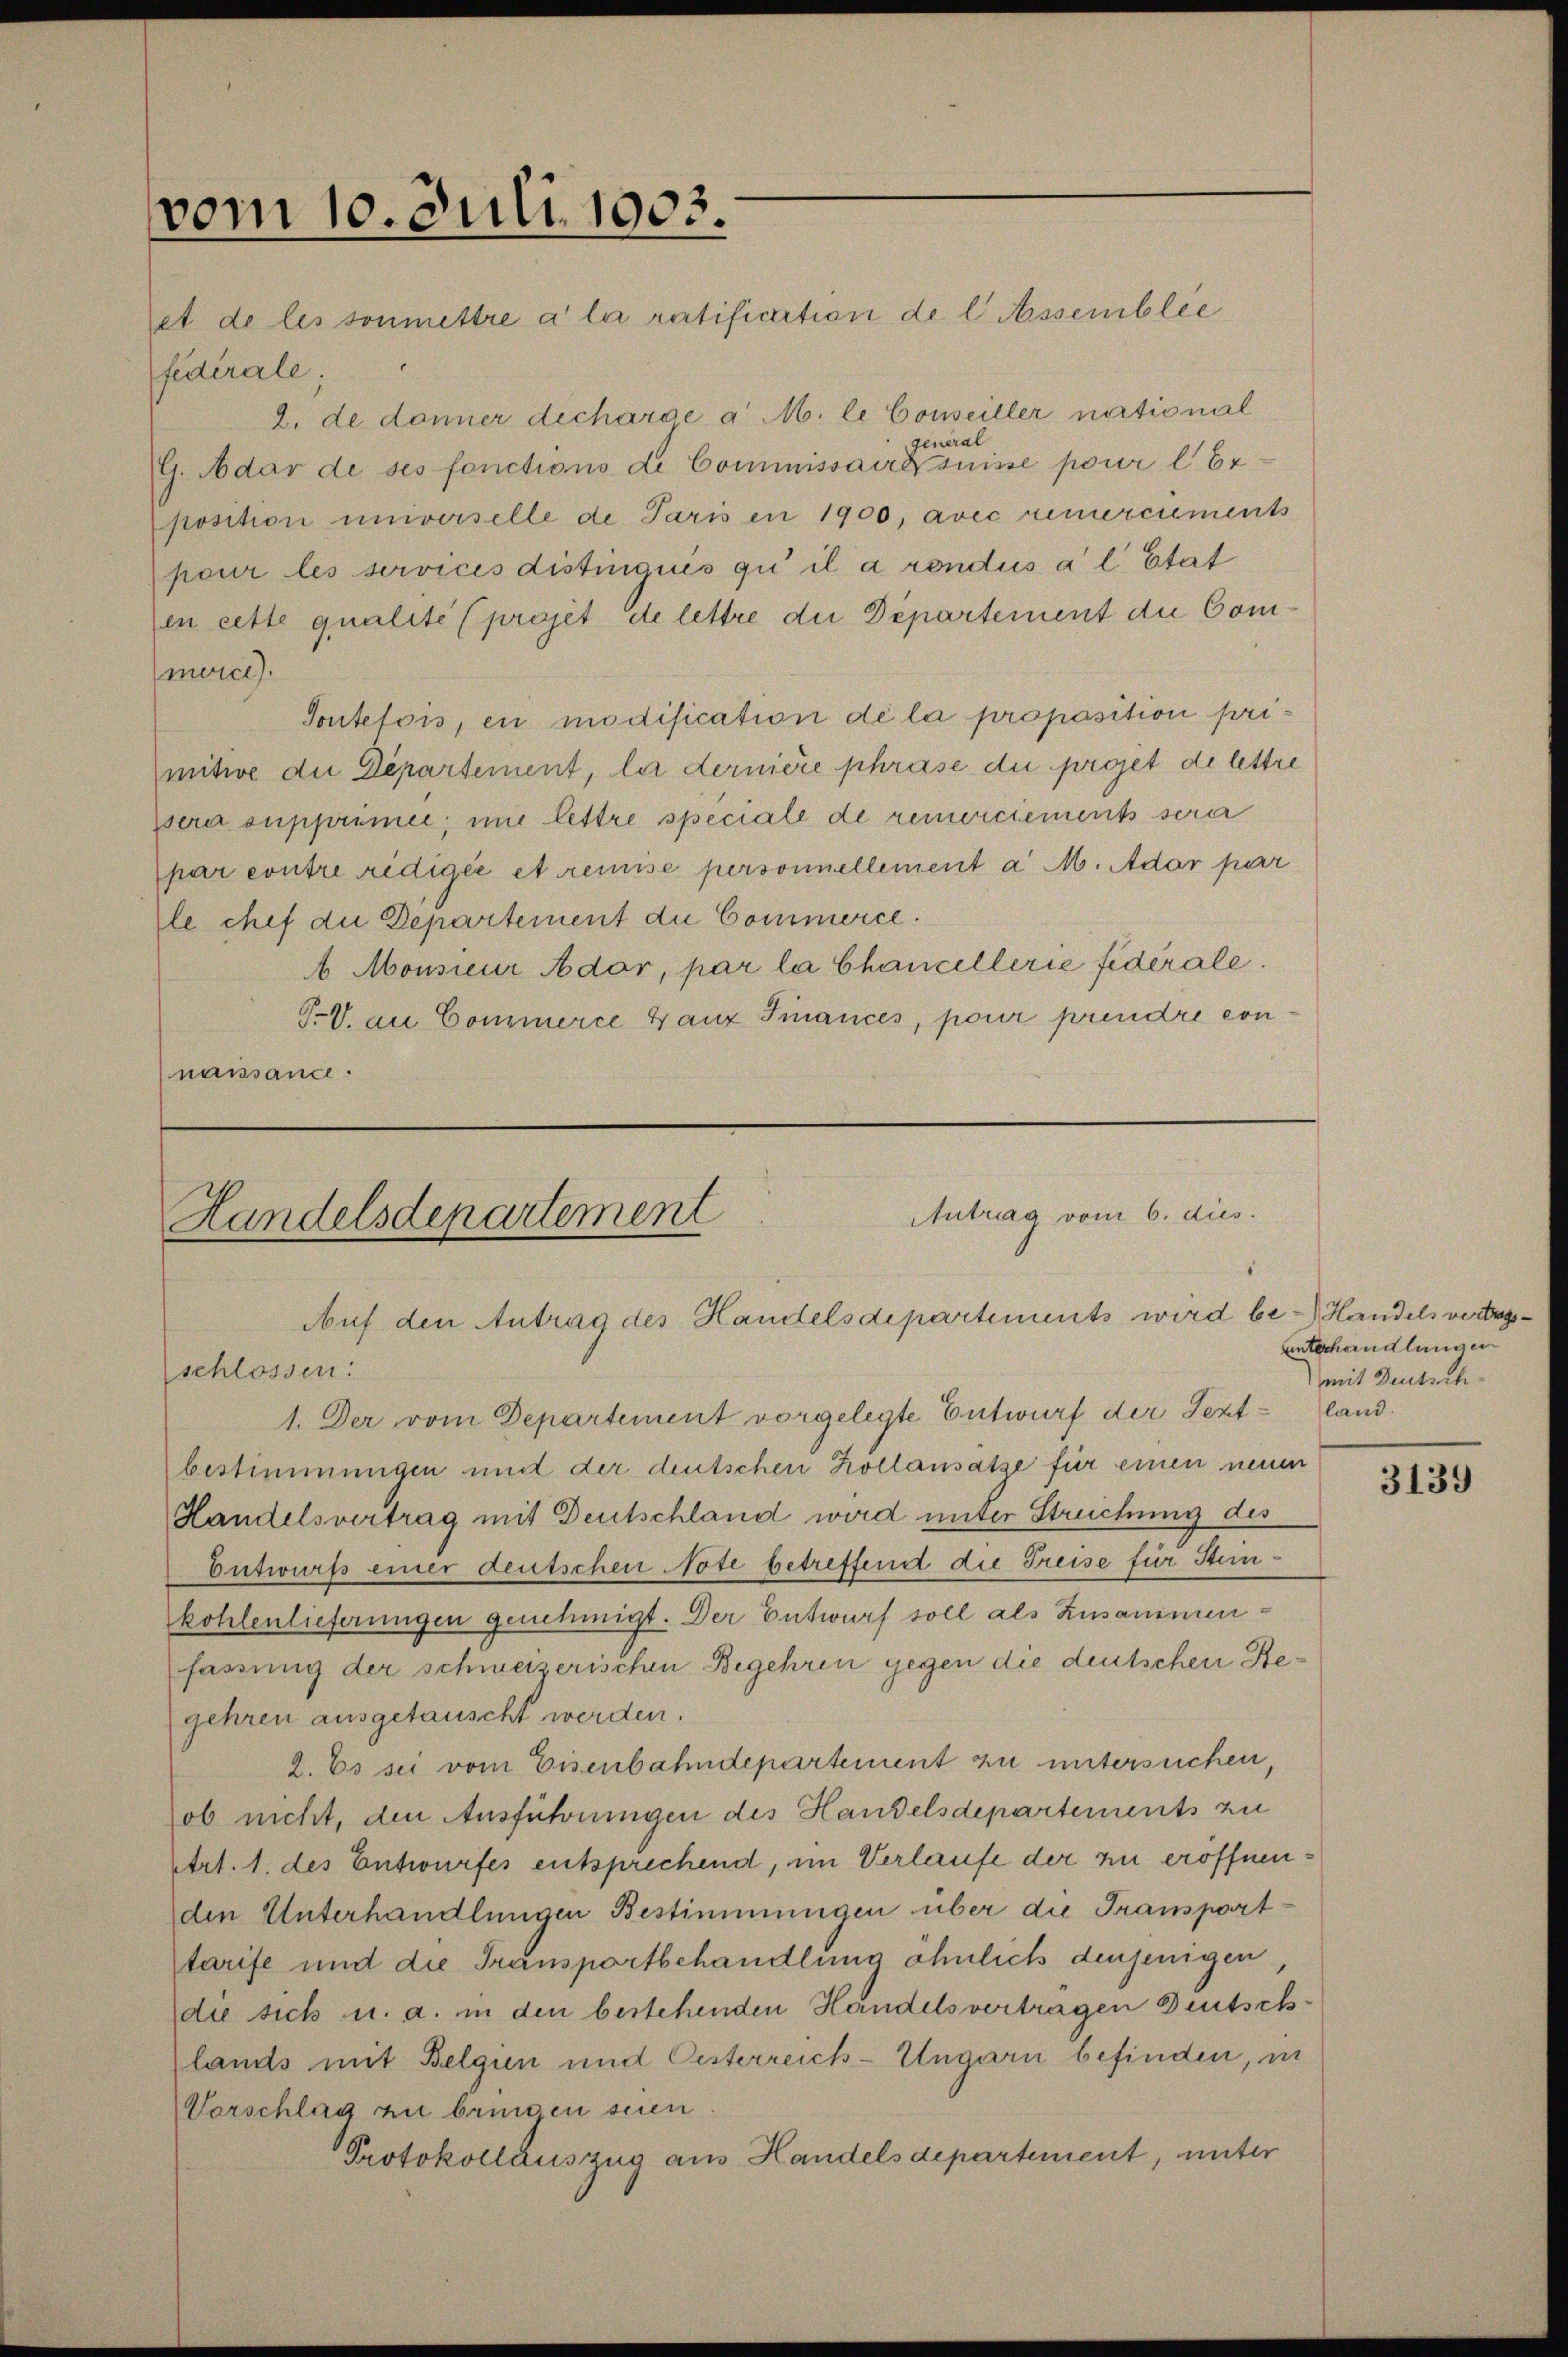
vom 10. Juli 1903.
ret de les sonmettre a la ratification de l Assemblée

Antrag vom 6. dies.
Handelsdepartement
Auf den Antrag des Handelsdepartements wird be- Handels vertragsschlossen:
1. Der vom Departement vorgelegte Entwurf der Text¬

fedérale.
2. de donner dicharge a M. le Conseiller national
general
G. Adar de ses fonctions de Commissaire suisse pour l 67
position universelle de Paris en 1900, avec remerciements
pour les services distinquis qu’ il a rondus a l Etat
en cette qualité (projet de lettre die Departement die Commoice).
Toutefois, en modification de la proposition primitive die Departement, la dernière phrase du projet de lettre
sera supprimer; ime lettre speciale de remerckements serer
par contre rédigée et remise personnellement a M. Adar par
le chef die Departement die Commerce.
 Monsieur Ador, par la Chancellerie fidérale.
T.V.au Commerce Ganz Finances, pour prendre connaissance.

bestimmungen und der deutschen Kollansatze für einen neuen
Handelsvertrag mit Deutschland wird unter Streichung des
Entwurfs einer deutschen Note betreffend die Freise für Steinkohlenlieferungen genehmigt. Der Entwurf soll als Zusammenfassung der schweizerischen Begehren gegen die deutschen Begehren ausgetauscht werden.
2. Es sei vom Eisenbahndepartement zu untersuchen,
ob nicht, den Ausführungen des Handelsdepartements zu
etrt. 1. des Entwurfes entsprechend, im Verlaufe der zu eröffnen.
den Unterhandlungen Bestimmungen über die Transporttarife und die Transportbehandlung ähnlich denjenigen
die sich u. a. in den bestehenden Handelsvertragen Deutsch
(lands mit Belgien und Oesterreich-Ungarn befinden, in
Vorschlag zu bringen seien
Protokollauszug aus Handels departement, unter

unterhandlungen
mit Deutschland.

3139